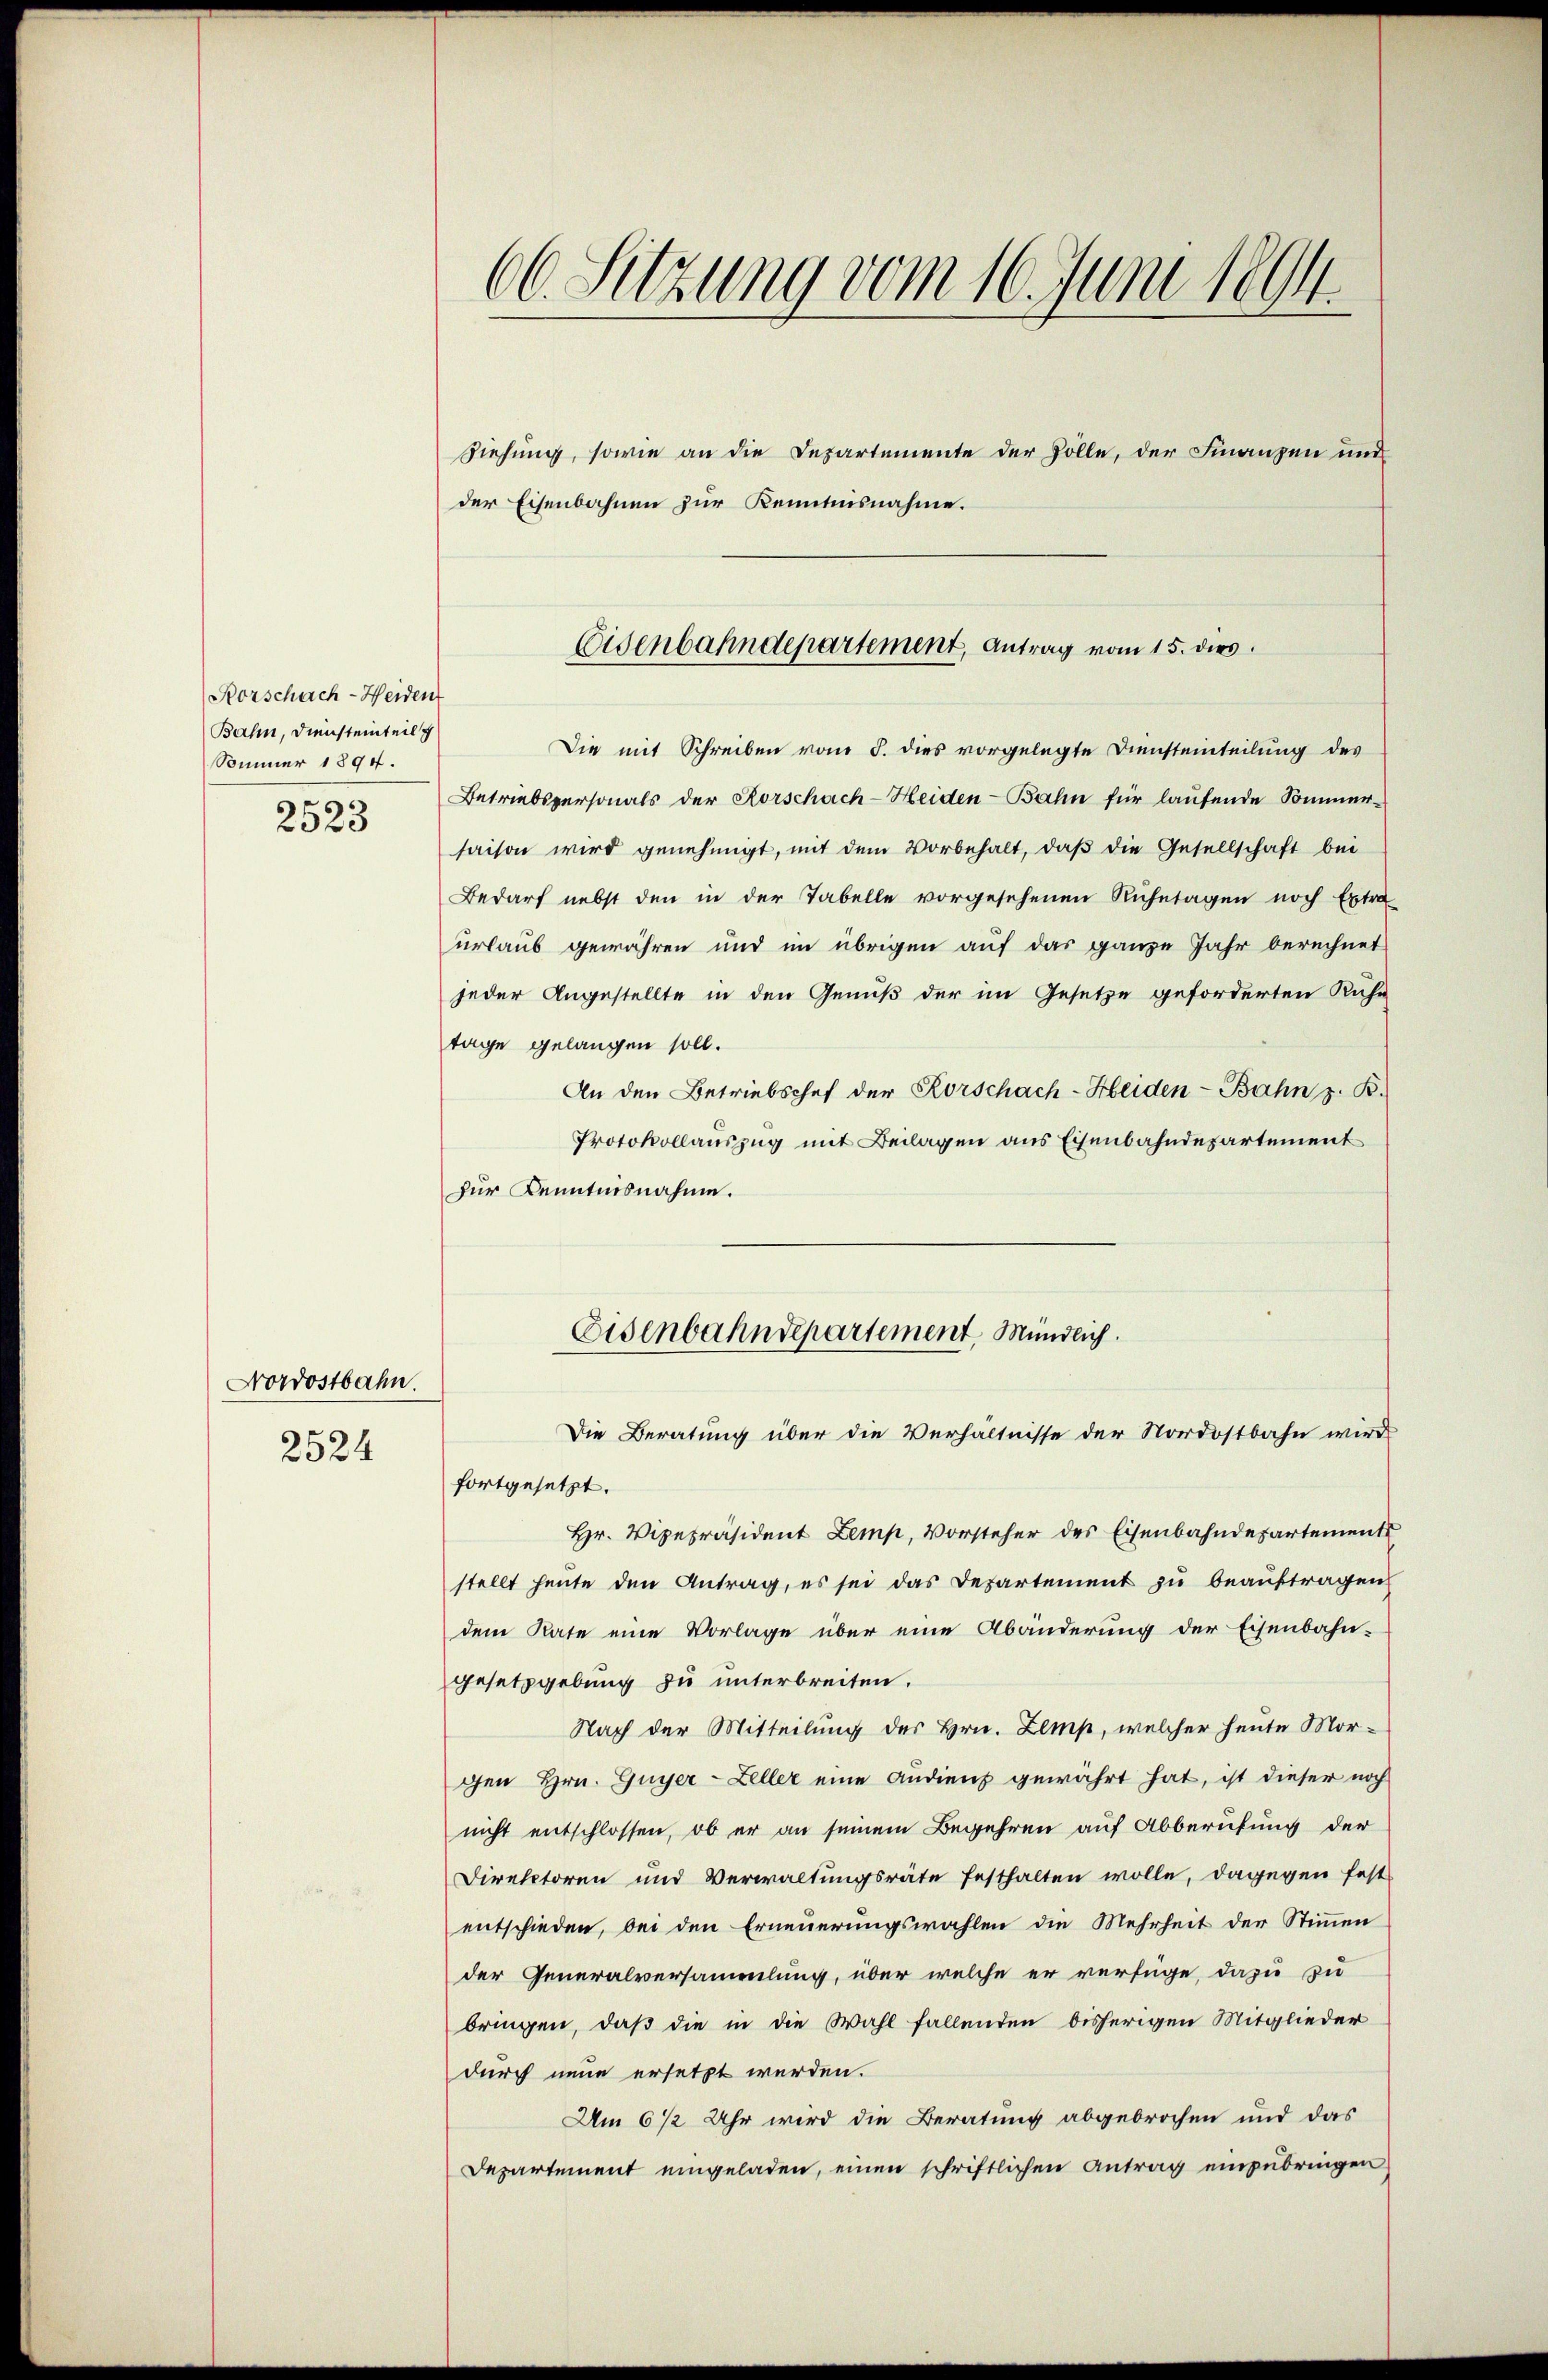
Rorschach-Heident
Bahn, Diensteinteil g
Sommer 1894.
2523

2524

Nordostbahn.

66. Sitzung vom 16. Juni 1894

Ziehung, sowie an die Departemente der Zolle, der Finanzen und
der Eisenbahnen zur Kenntnisnahme.
Die mit Schreiben vom 5. dies vorgelegte Diensteinteilung des
Betriebspersonals der Rorschach-Heiden-Bahn für laufende Sommersaison wird genehmigt, mit dem Vorbehalt, daß die Gesellschaft bei
Bedarf nebst den in der Tabelle vorgesehenen Ruhetagen noch Extra-
urlaub gewähren und im übrigen auf das ganze Jahr berechnet
jeder Angestellte in den Genuß der im Gesetze geforderten Ruhe
tage gelangen soll.
An den Betriebschef der Korschach-Heiden-Bahn z. B.
Protokollauszug mit Beilagen aus Eisenbahndepartement
zur Kenntnisnahme.
Eisenbahndepartement, Mündlich.
Die Beratung über die Verhältnisse der Nordostbahn wird
fortgesetzt.
Hr. Vizepräsident Zemp, Vorsteher des Eisenbahndepartements
stellt heute den Antrag, es sei das Departement zu beauftragen
dem Rate eine Vorlage über eine Abänderung der Eisenbahn-
gesetzgebung zu unterbreiten.
Nach der Mitteilung des Hrn. Zemp, welcher heute Morgen Hrn. Guyer-Zeller eine andiens gewährt hat, ist dieser noch
nicht entschlossen, ob er an seinem Begehren auf Abberufung der
Direktoren und Verwaltungsräte festhalten wolle, dagegen fest
entschieden, bei den Erneuerungswahlen die Mehrheit der Stimmen
der Generalversammlung, über welche er verfüge, dazu zu
bringen, daß die in die Wahl fallenden bisherigen Mitglieder
durch neue ersetzt werden.
Um 6 1/2 Uhr wird die Beratung abgebrochen und das
Departement eingeladen, einen schriftlichen Antrag einzubringen

Eisenbahndepartement, Antrag vom 15. dies